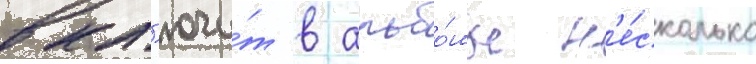
вкл'ючи́т в альбо́мы н'е́сколько